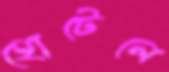
হোটেলে